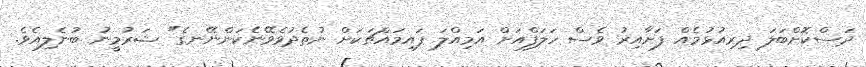
ދަސްކޮށްބަލަ ދިރިއުޅުމެއް ފަށާއިރު ވެސް ހަލަފްއަށް އަމިއްލަ ފައިމައްޗަކަށް ނުތެދުވެވޭނެކަންނޭނގެ" ޝަރުމީނު ބުނެލިއެވެ.